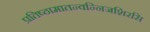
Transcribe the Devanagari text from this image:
प्रतिष्ठामातन्वन्निजशिरसि